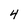
Character: 4